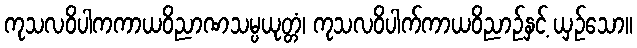
ကုသလဝိပါကကာယဝိညာဏသမ္ပယုတ္တံ၊ ကုသလဝိပါက်ကာယဝိညာဉ်နှင့် ယှဉ်သော။